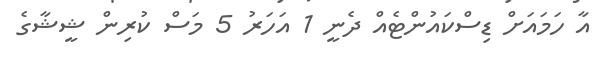
އާ ހަމައަށް ޑިސްކައުންޓެއް ދެނީ 1 އަހަރު 5 މަސް ކުރިން ޝީޝާގެ